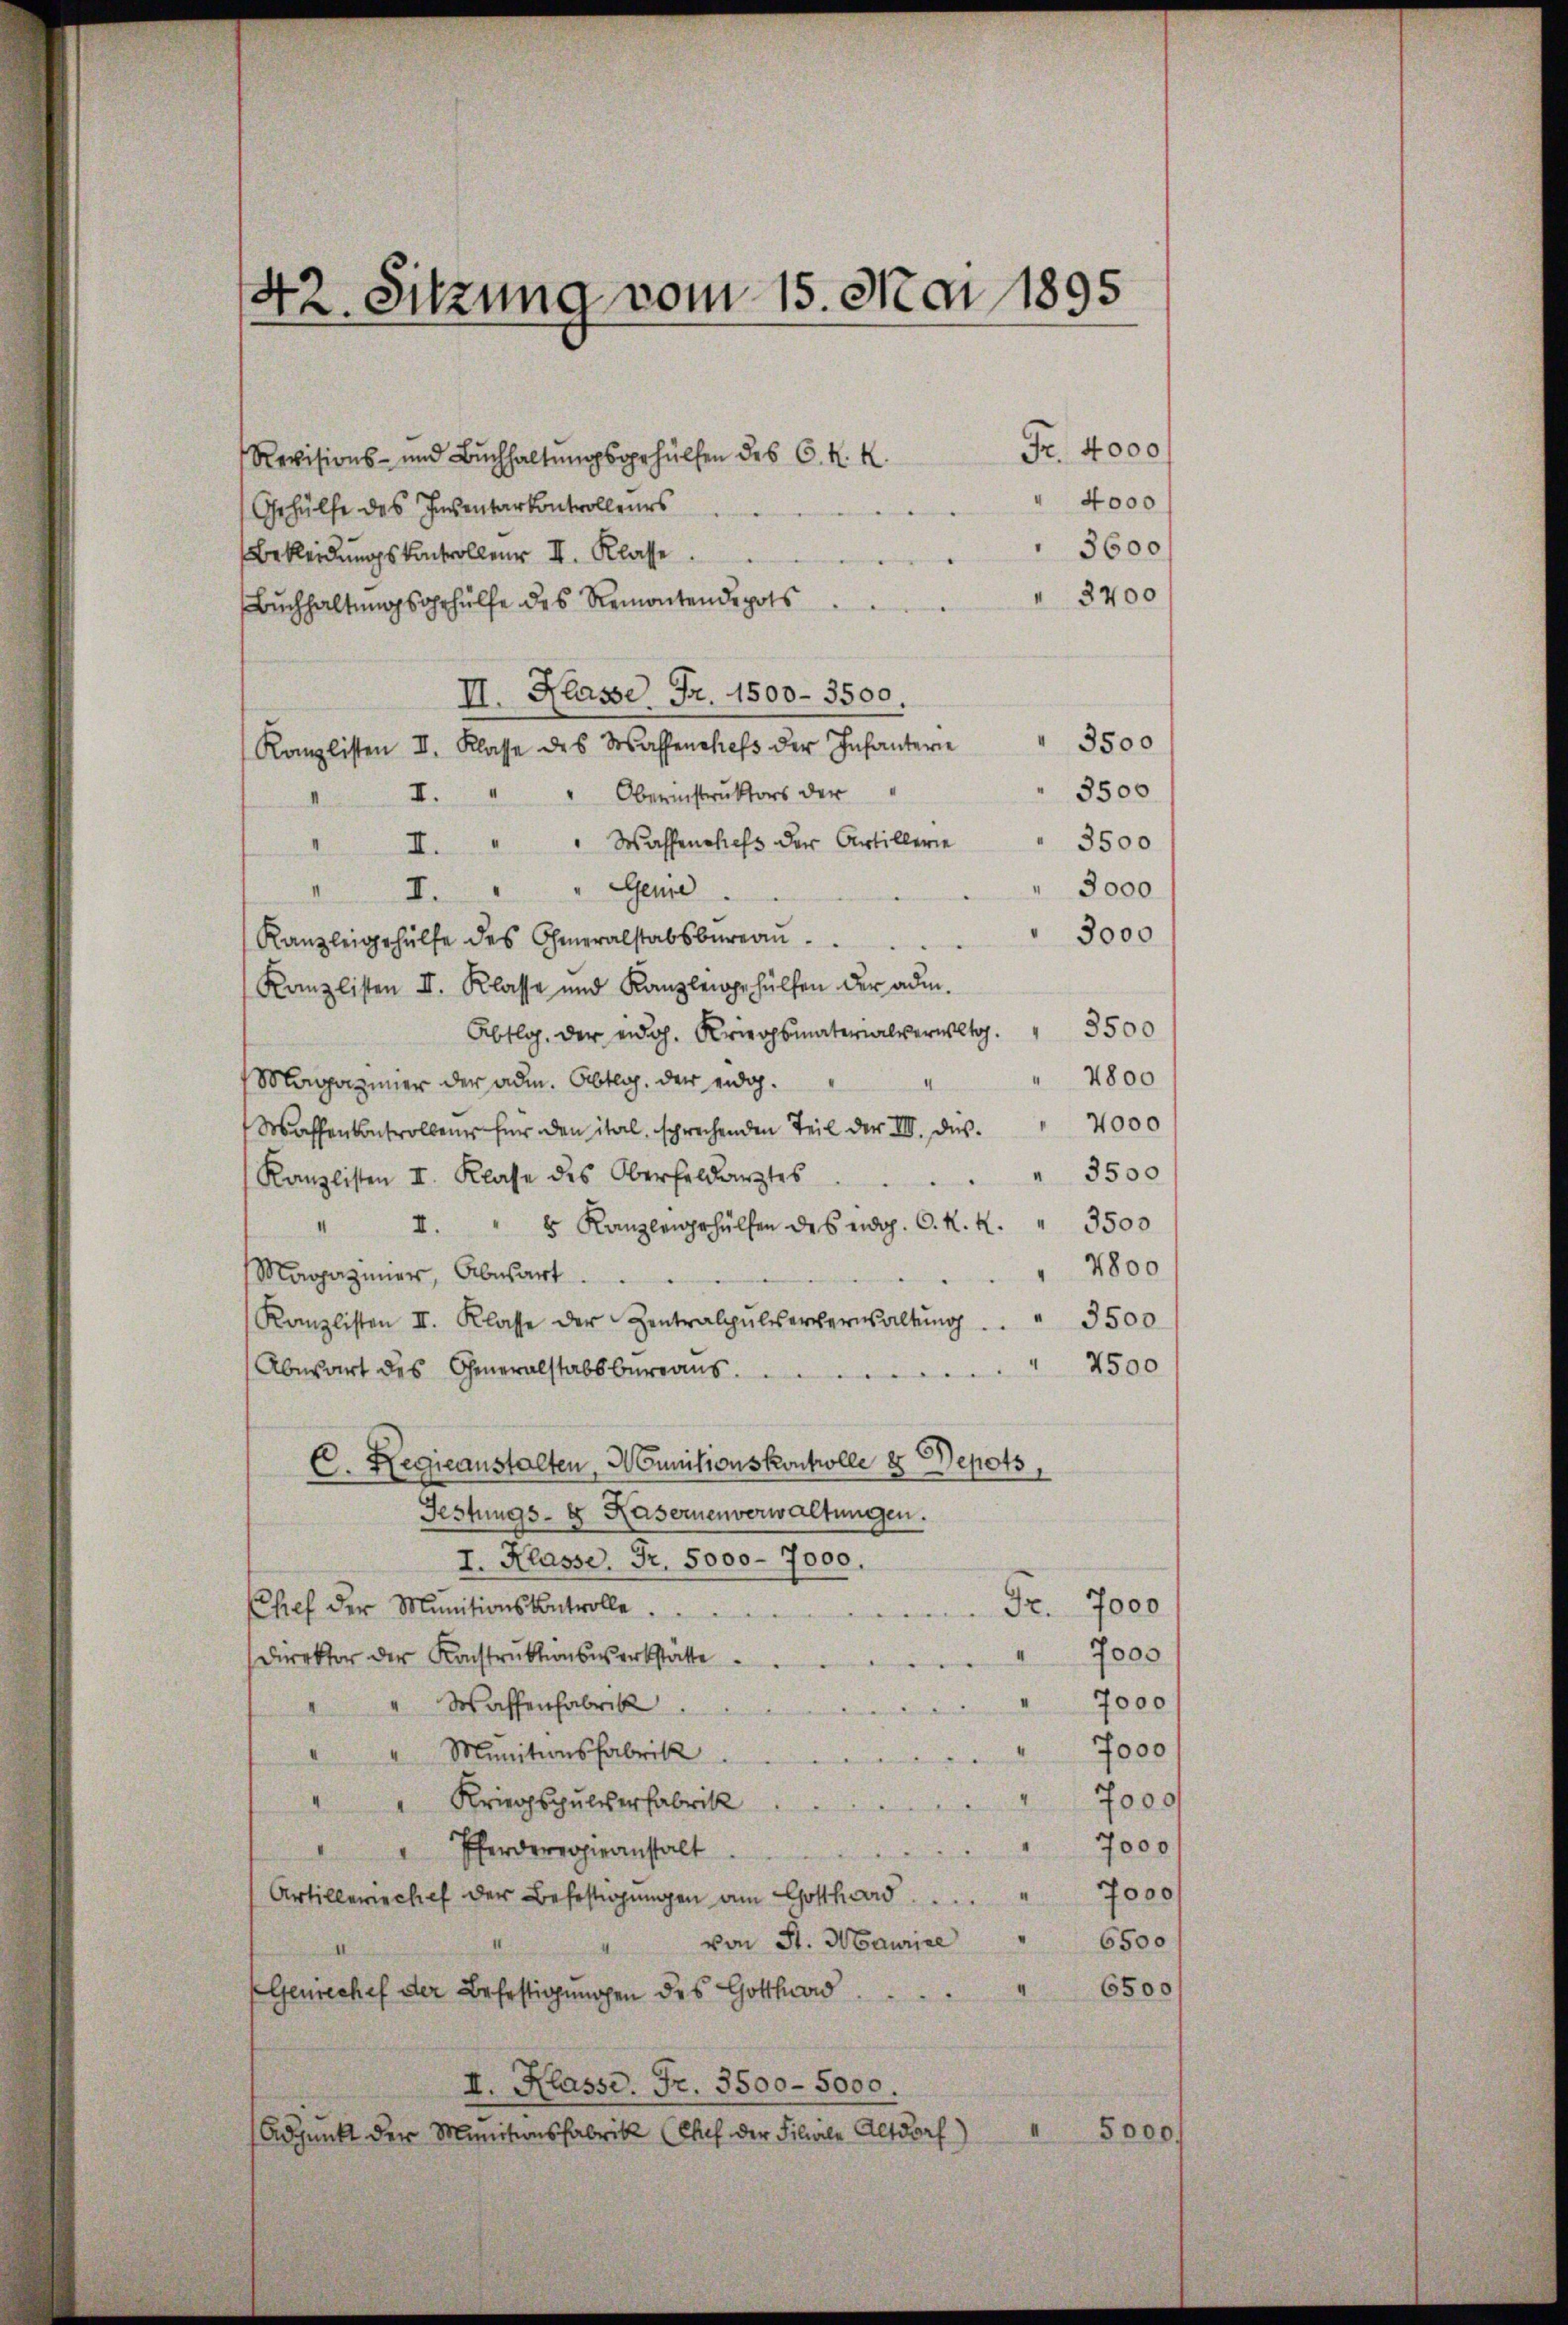
d
42 Sitzung vom 15. Mai 1895

Revisions- und Bŭchhaltŭngsgehülfen des C. K. K.
Gehülfe des Inventarkontrolleurs
Bekleidungskontrollen II. Klasse
Buchhaltungsgehülfe des Remontendepots
II. Klasse Fr. 1500 - 3500.
3500
Kanzlisten II. Klasse des Wassenchefs der Infanterie
3500
II. " " Oberinstrŭktors der
II. " " Wassenchefs der Artillerie
3500
Gene
3000
II.
I.
3000
Kanzleigehülfe des Generalstabsbureau
Kanzlisten II. Klasse und Kanzleigehülfen der adm
3500
Abtlg. der eidg. Kriegsmaterialverwet.
4800
Magazimer der adm. Abtlg. der eidg.
4000
Waffenkontrollen für den ital, sprechenden Teil der III. Das
3500
Kanzlisten II. Klasse des Oberfeldarztes
3500
5 Kanzleigehülfen des eidg. C. K. K.
 I.
4800
Magazinier, Abwart
Kanzlisten II. Klasse der Zentralpulserverwaltŭng
3500
7500
Abesart des Generalstabsbureaus
El. Regieanstalten, Munitionskontrolle 2 Depots
Festungs- & Kasernenverwaltungen.
I. Klasse. Fr. 5000 - 7000.
Fr. 7000
Chef der Munitionskontrolle
7000
Direktor der Konstruktionswerkstätte
7000
Waffenfabrik.
7000 f
Munitionsfabrik
.
7000
4
Kriegschulverfabrik
7000 f
Pferdererhieanstalt
I
7000
Artillerechef der Befestigungen am Gotthard
6500
von St. Maurice
6500
Genrechef der Befestigungen des Gotthard
II. Klasse. Fr. 3500-5000.
5000/
Adjunkt der Munitionsfabrik (Chef der Filiale Altdorf)

Fr. 4000
4000
3600
3700